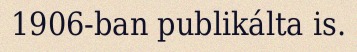
1906-ban publikálta is.